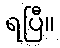
ရပြီ။